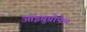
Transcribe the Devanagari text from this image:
आइबुप्रोफेन